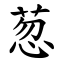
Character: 䓤